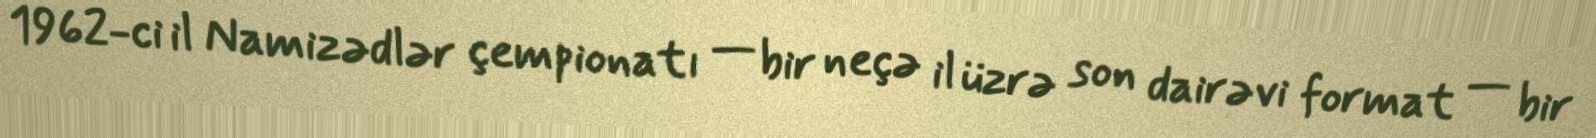
1962-ci il Namizədlər çempionatı — bir neçə il üzrə son dairəvi format — bir